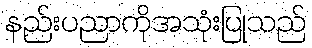
နည်းပညာကိုအသုံးပြုသည်